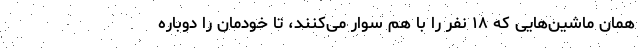
همان ماشین‌هایی که ۱۸ نفر را با هم سوار می‌کنند، تا خودمان را دوباره